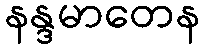
နန္ဒမာတေန